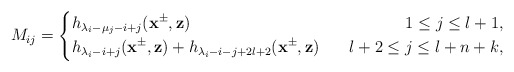
\begin{align*}M_{ij}=\left\{\begin{aligned}&h_{\lambda_i-\mu_j-i+j}(\mathbf{x}^{\pm},\mathbf{z})~~&~~1\leq j\leq l+1,\\&h_{\lambda_i-i+j}(\mathbf{x}^{\pm},\mathbf{z})+h_{\lambda_i-i-j+2l+2}(\mathbf{x}^{\pm},\mathbf{z})~&~~l+2\leq j\leq l+n+k,\end{aligned}\right.\end{align*}